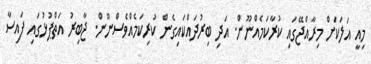
މިއީ އަލަކަށް މިރާއްޖޭގައި ކުރާކަމެއްނޫން. އަދި ބިރުދައްކައިގެން ކުރިކަމެއްވެސްނޫން. ޖާބިރު އަތްޕުޅުގައި ފައިސާ